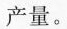
产量。